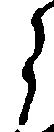
ら